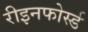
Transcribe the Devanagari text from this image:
रीइनफोर्स्ड